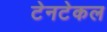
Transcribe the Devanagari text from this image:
टेनटेकल